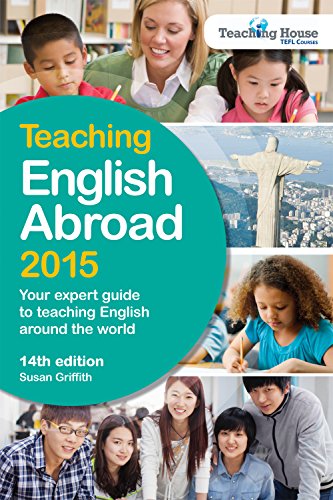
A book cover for Teaching English Abroad 2015: Your Expert Guide to Teaching English around the World; Susan Griffith; Travel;